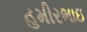
હમીરભાઇ